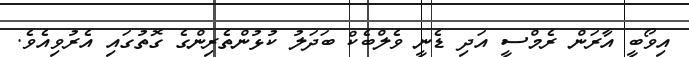
އިވޯބީ އާރަން ރެމްސީ އަދި ޑެނީ ވެލްބެކް ބަދަލު ކުޅުންތެރިންގެ ގޮތުގައި އެރުވިއެވެ.